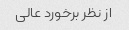
از نظر برخورد عالی